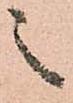
之